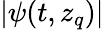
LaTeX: |\psi(t,z_{q})|